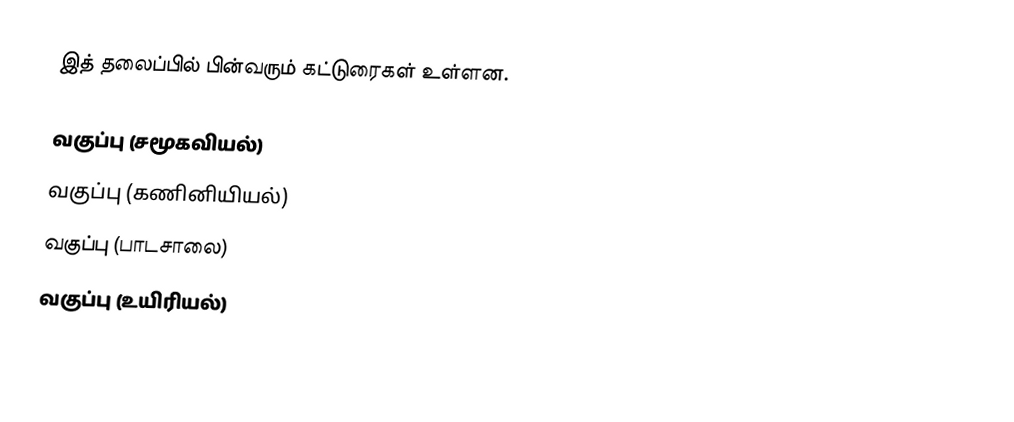
இத் தலைப்பில் பின்வரும் கட்டுரைகள் உள்ளன.

 வகுப்பு (சமூகவியல்)
 வகுப்பு (கணினியியல்)
 வகுப்பு (பாடசாலை)
 வகுப்பு (உயிரியல்)